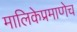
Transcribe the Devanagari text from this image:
मालिकेप्रमाणेच